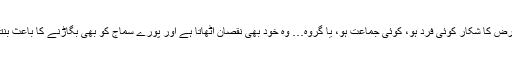
اس مرض کا شکار کوئی فرد ہو، کوئی جماعت ہو، یا گروہ… وہ خود بھی نقصان اٹھاتا ہے اور پورے سماج کو بھی بگاڑنے کا باعث بنتا ہے۔